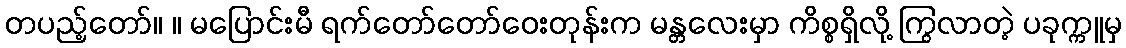
တပည့်တော်။ ။ မပြောင်းမီ ရက်တော်တော်ဝေးတုန်းက မန္တလေးမှာ ကိစ္စရှိလို့ ကြွလာတဲ့ ပခုက္ကူမှ